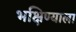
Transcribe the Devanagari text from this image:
भक्षिण्याला